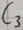
Text: C3